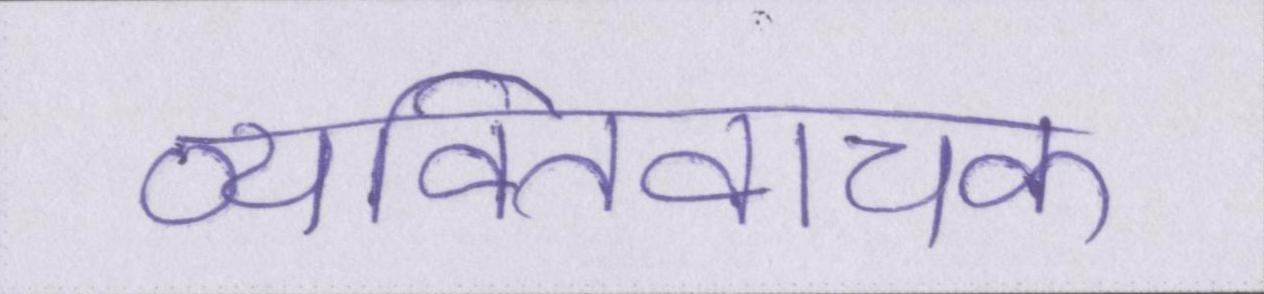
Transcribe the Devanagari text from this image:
व्यक्तिवाचक